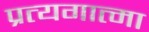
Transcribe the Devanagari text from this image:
प्रत्यगात्मा